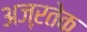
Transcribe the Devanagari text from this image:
अज्ऱतेक